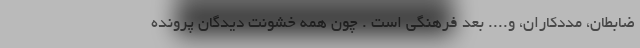
ضابطان، مددکاران، و.... بعد فرهنگی است . چون همه خشونت دیدگان پرونده